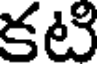
కటి